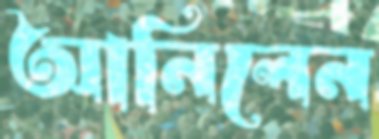
আনিলেন